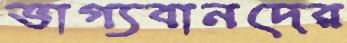
ভাগ্যবানদের